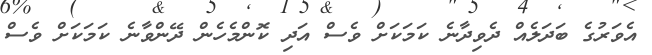
އެވަރުގެ ބަދަލެއް ދެވިދާނެ ކަމަކަށް ވެސް އަދި ކޮންމެހެން ދޭންވާނެ ކަމަކަށް ވެސް